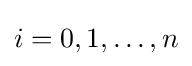
i=0,1,\dots ,n